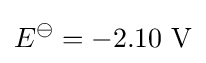
E^{\ominus }=-2.10\ \mathrm {V}